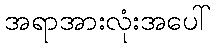
အရာအားလုံးအပေါ်